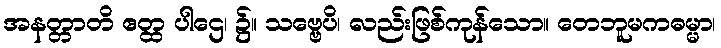
အနတ္တာတိ ဧတ္ထ ပါဌေ၊ ၌။ သဗ္ဗေပိ၊ လည်းဖြစ်ကုန်သော။ တေဘူမကဓမ္မာ၊